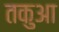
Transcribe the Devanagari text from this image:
तकुआ